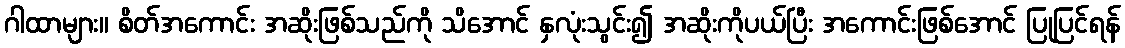
ဂါထာများ။ စိတ်အကောင်း အဆိုးဖြစ်သည်ကို သိအောင် နှလုံးသွင်း၍ အဆိုးကိုပယ်ပြီး အကောင်းဖြစ်အောင် ပြုပြင်ရန်